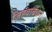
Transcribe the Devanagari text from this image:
जिह्वाबंधन